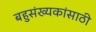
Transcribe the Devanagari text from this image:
बहुसंख्यकांसाठी